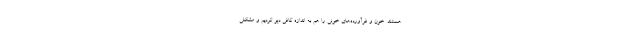
هستند. خون و فرآورده‌های خونی را هم به اندازه کافی دپو کردیم و مشکلی